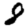
Digit: 8